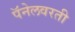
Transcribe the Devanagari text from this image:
पॅनेलवरती